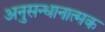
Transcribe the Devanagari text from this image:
अनुसन्धानात्मक